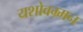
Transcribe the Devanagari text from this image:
यशोवम्र्मन